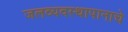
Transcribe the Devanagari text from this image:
जलव्यवस्थापानाचे